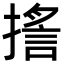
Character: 㨱